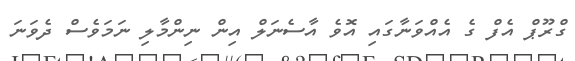
ގްރޫޕް އެފް ގެ އެއްވަނާގައި އޮވެ އާސެނަލް އިން ނިންމާލި ނަމަވެސް ދެވަނަ